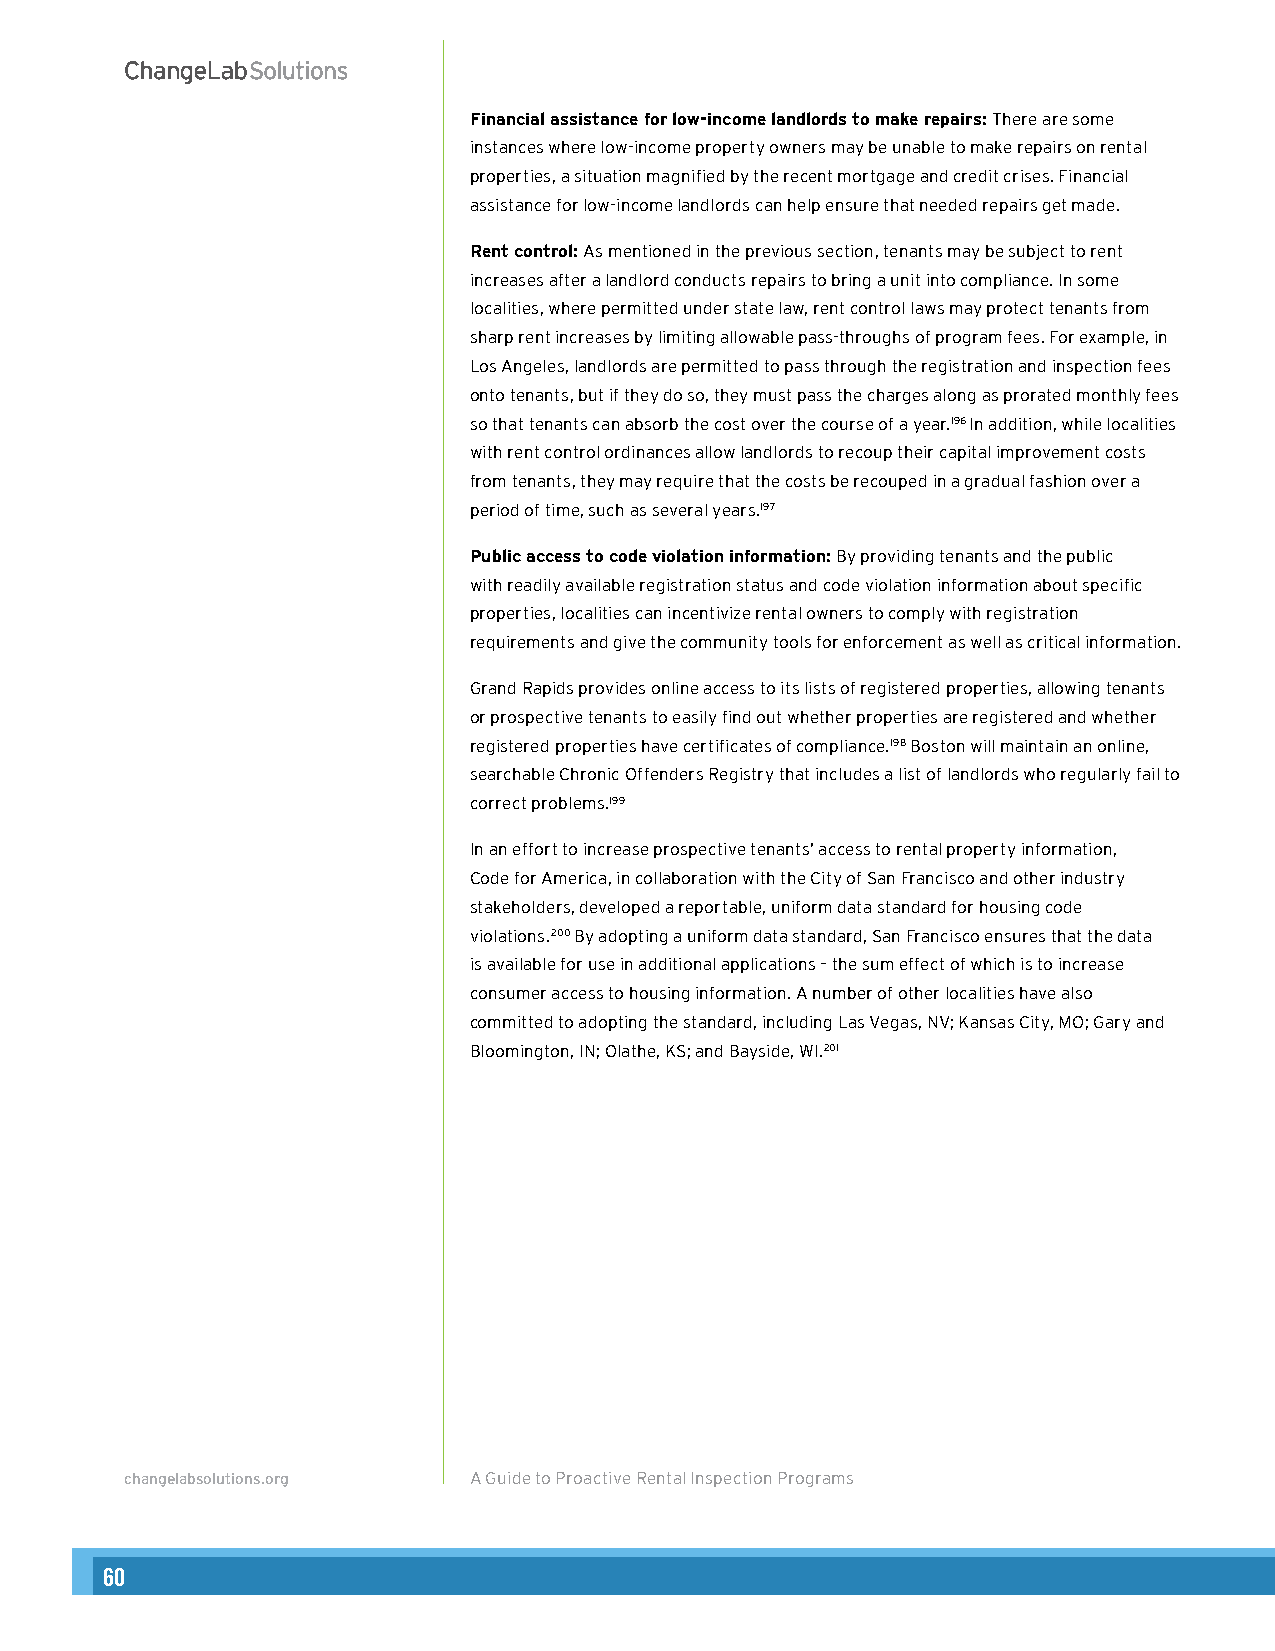
Financial assistance for low-income landlords to make repairs: There are some
 instances where low-income property owners may be unable to make repairs on rental
 properties, a situation magnified by the recent mortgage and credit crises. Financial
 assistance for low-income landlords can help ensure that needed repairs get made.
 Rent control: As mentioned in the previous section, tenants may be subject to rent
 increases after a landlord conducts repairs to bring a unit into compliance. In some
 localities, where permitted under state law, rent control laws may protect tenants from
 sharp rent increases by limiting allowable pass-throughs of program fees. For example, in
 Los Angeles, landlords are permitted to pass through the registration and inspection fees
 onto tenants, but if they do so, they must pass the charges along as prorated monthly fees
 so that tenants can absorb the cost over the course of a year.196 In addition, while localities
 with rent control ordinances allow landlords to recoup their capital improvement costs
 from tenants, they may require that the costs be recouped in a gradual fashion over a
 period of time, such as several years.197
 Public access to code violation information: By providing tenants and the public
 with readily available registration status and code violation information about specific
 properties, localities can incentivize rental owners to comply with registration
 requirements and give the community tools for enforcement as well as critical information.
 Grand Rapids provides online access to its lists of registered properties, allowing tenants
 or prospective tenants to easily find out whether properties are registered and whether
 registered properties have certificates of compliance.198 Boston will maintain an online,
 searchable Chronic Offenders Registry that includes a list of landlords who regularly fail to
 correct problems.199
 In an effort to increase prospective tenants’ access to rental property information,
 Code for America, in collaboration with the City of San Francisco and other industry
 stakeholders, developed a reportable, uniform data standard for housing code
 violations.200 By adopting a uniform data standard, San Francisco ensures that the data
 is available for use in additional applications – the sum effect of which is to increase
 consumer access to housing information. A number of other localities have also
 committed to adopting the standard, including Las Vegas, NV; Kansas City, MO; Gary and
 Bloomington, IN; Olathe, KS; and Bayside, WI.201
 changelabsolutions.org A Guide to Proactive Rental Inspection Programs 28
 60                                                                                                                                                        61